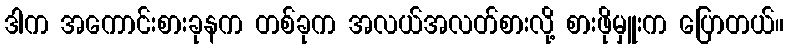
ဒါက အကောင်းစားခုနက တစ်ခုက အလယ်အလတ်စားလို့ စားဖိုမှူးက ပြောတယ်။